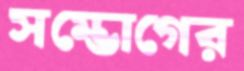
সম্ভোগের